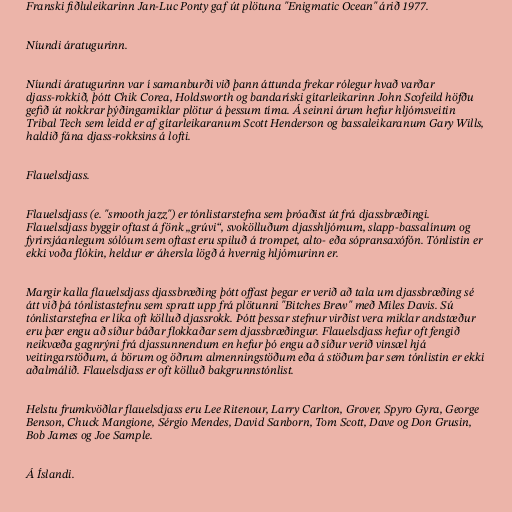
Franski fiðluleikarinn Jan-Luc Ponty gaf út plötuna "Enigmatic Ocean" árið 1977.

Níundi áratugurinn.

Níundi áratugurinn var í samanburði við þann áttunda frekar rólegur hvað varðar
djass-rokkið, þótt Chik Corea, Holdsworth og bandaríski gítarleikarinn John Scofeild höfðu
gefið út nokkrar þýðingamiklar plötur á þessum tíma. Á seinni árum hefur hljómsveitin
Tribal Tech sem leidd er af gítarleikaranum Scott Henderson og bassaleikaranum Gary Wills,
haldið fána djass-rokksins á lofti.

Flauelsdjass.

Flauelsdjass (e. "smooth jazz") er tónlistarstefna sem þróaðist út frá djassbræðingi.
Flauelsdjass byggir oftast á fönk „grúvi“, svokölluðum djasshljómum, slapp-bassalínum og
fyrirsjáanlegum sólóum sem oftast eru spiluð á trompet, alto- eða sópransaxófón. Tónlistin er
ekki voða flókin, heldur er áhersla lögð á hvernig hljómurinn er.

Margir kalla flauelsdjass djassbræðing þótt offast þegar er verið að tala um djassbræðing sé
átt við þá tónlistastefnu sem spratt upp frá plötunni "Bitches Brew" með Miles Davis. Sú
tónlistarstefna er líka oft kölluð djassrokk. Þótt þessar stefnur virðist vera miklar andstæður
eru þær engu að síður báðar flokkaðar sem djassbræðingur. Flauelsdjass hefur oft fengið
neikvæða gagnrýni frá djassunnendum en hefur þó engu að síður verið vinsæl hjá
veitingarstöðum, á börum og öðrum almenningstöðum eða á stöðum þar sem tónlistin er ekki
aðalmálið. Flauelsdjass er oft kölluð bakgrunnstónlist.

Helstu frumkvöðlar flauelsdjass eru Lee Ritenour, Larry Carlton, Grover, Spyro Gyra, George
Benson, Chuck Mangione, Sérgio Mendes, David Sanborn, Tom Scott, Dave og Don Grusin,
Bob James og Joe Sample.

Á Íslandi.